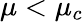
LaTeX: \mu<\mu_{c}